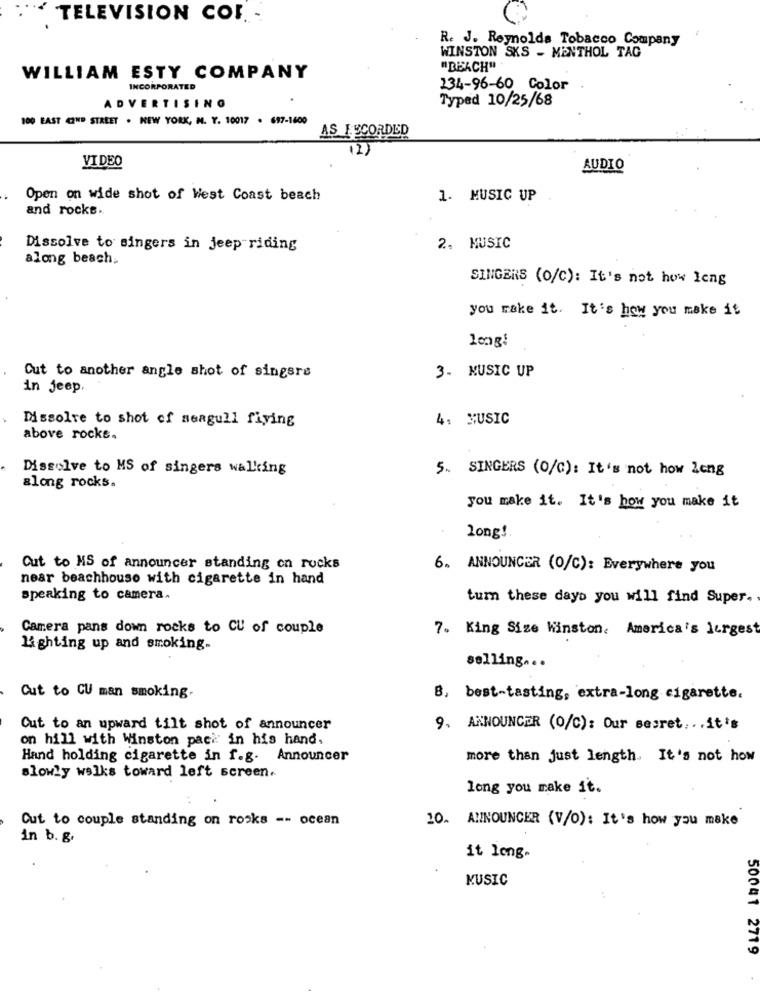
TELEVISION COL -
R. J. Reynolds Tobacco Company
WINSTON SKS - MENTHOL TAG
"BEACH".
WILLIAM ESTY COMPANY
INCORPORATED
134-96-60 Color
Typed 10/25/68
ADVERTISING
100 EAST 42ND STREET . NEW YORK, M. Y. 10017 . 697-1600
AS RECORDED
12)
VIDEO
AUDIO
Open on wide shot of West Coast beach
1. MUSIC UP
and rocks ..
Dissolve to singers in jeep riding
2. MUSIC
along beach,
SINGERS (O/C): It's not how long
you make it. It's how you make it
long!
Cut to another angle shot of singsre
3. MUSIC UP
in jeep,
Dissolve to shot of seagull fiying
4. MUSIC
above rocke.
Dissolve to MS of singers walking
5. SINGERS (O/C): It's not how Long
along rocks.
you make it. It's how you make it
Long!
Cut to MS of announcer standing on rocks
6. ANNOUNCER (0/C): Everywhere you
near beachhouse with cigarette in hand
speaking to camera.
tum these days you will find Super.
Camera pans down rocks to CU of couple
7. King Size Winston. America's largest
lighting up and smoking.
selling ...
Cut to CU man smoking.
B, best-tasting, extra-long cigarette.
Cut to an upward tilt shot of announcer
9. ANNOUNCER (O/C): Our sesret ... it's
on hill with Winston pack in his hand.
Hand holding cigarette in f.g. Announcer
more than just length. It's not how
slowly walks toward left screen.
long you make it.
Cut to couple standing on rocks -- ocean
10. ANNOUNCER (V/O): It's how you make
in b. g.
it long-
MUSIC
50041 2719